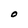
Character: O